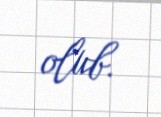
olub.